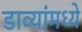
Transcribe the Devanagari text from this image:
डाव्यांमध्ये